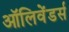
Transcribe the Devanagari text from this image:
ऑलिवेंडर्स